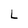
Character: L